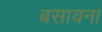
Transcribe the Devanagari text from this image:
बसावन।